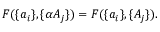
F ( \{ a _ { i } \} , \{ \alpha A _ { j } \} ) = F ( \{ a _ { i } \} , \{ A _ { j } \} ) .